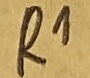
Text: R1